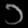
Digit: ၁